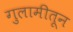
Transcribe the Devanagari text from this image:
गुलामीतून